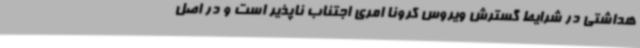
هداشتی در شرایط گسترش ویروس کرونا امری اجتناب ناپذیر است‌ و در اصل